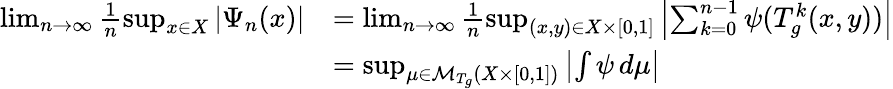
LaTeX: \begin{array}{rl}{\operatorname*{lim}_{n\to\infty}\frac{1}{n}\operatorname*{sup}_{x\in X}\left|\Psi_{n}(x)\right|}&{=\operatorname*{lim}_{n\to\infty}\frac{1}{n}\operatorname*{sup}_{(x,y)\in X\times[0,1]}\left|\sum_{k=0}^{n-1}\psi(T_{g}^{k}(x,y))\right|}\\ &{=\operatorname*{sup}_{\mu\in\mathcal{M}_{T_{g}}(X\times[0,1])}\left|\int\psi\, d\mu\right|}\end{array}